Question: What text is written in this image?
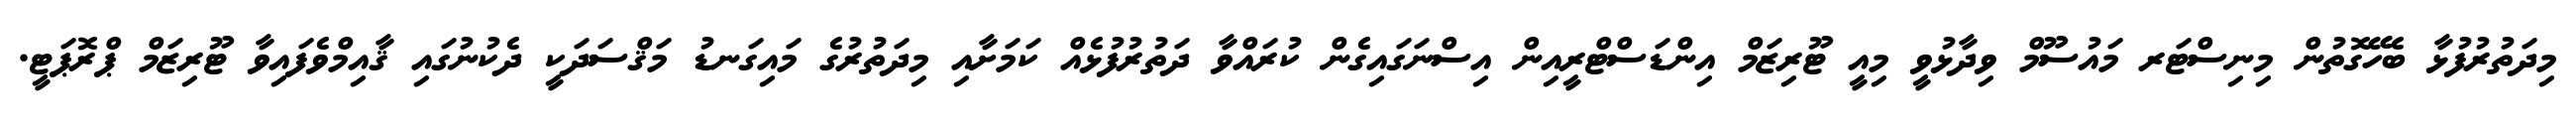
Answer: މިދަތުރުފުޅާ ބެހޭގޮތުން މިނިސްޓަރ މައުސޫމް ވިދާޅުވީ މިއީ ޓޫރިޒަމް އިންޑަސްޓްރީއިން އިސްނަގައިގެން ކުރައްވާ ދަތުރުފުޅެއް ކަމަށާއި މިދަތުރުގެ މައިގަނޑު މަޤްސަދަކީ ދެކުނުގައި ޤާއިމްވެފައިވާ ޓޫރިޒަމް ޕްރޮޕަޓީ.